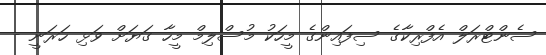
ސެންޓްރަލް އެފްރިކާގެ ސިފައިންގެ މީހަކު މުސްލިމް މީހާ ގަޔަށް ވަޅި ހަރަނީ -